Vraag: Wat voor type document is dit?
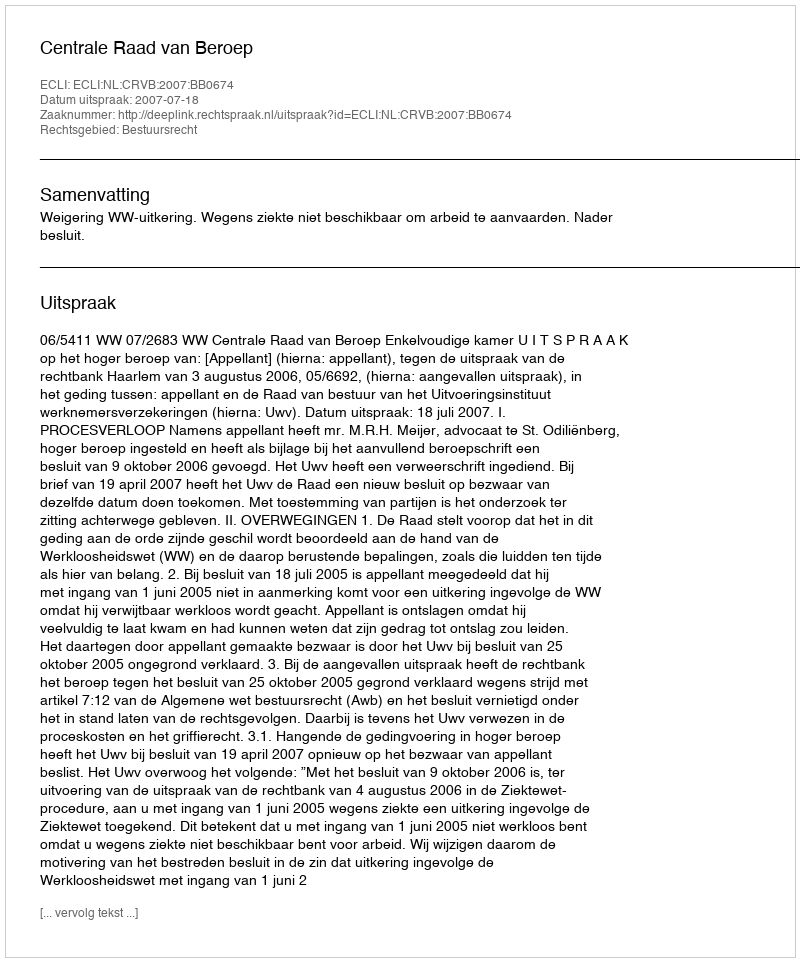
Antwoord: Uitspraak